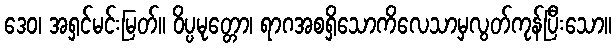
ဒေဝ၊ အရှင်မင်းမြတ်။ ဝိပ္ပမုတ္တော၊ ရာဂအစရှိသောကိလေသာမှလွတ်ကုန်ပြီးသော။